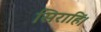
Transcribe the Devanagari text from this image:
सिराहिं।